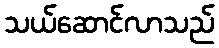
သယ်ဆောင်လာသည်